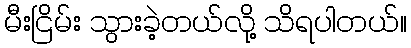
မီးငြိမ်း သွားခဲ့တယ်လို့ သိရပါတယ်။